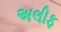
અલીફ